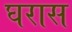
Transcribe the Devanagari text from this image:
घरास